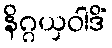
နိဂ္ဂယှဝါဒိံ